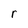
Character: r